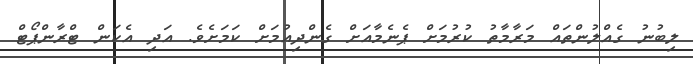
ލިބުނު ގެއްލުންތައް މަރާމާތު ކުރުމަށް ޕެނެމާއަށް ގެންދިއުމަށް ކަމަށެވެ. އަދި އެކަން ޓްރާންޕޯޓް